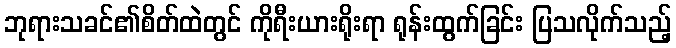
ဘုရားသခင်၏စိတ်ထဲတွင် ကိုရီးယားရိုးရာ ရုန်းထွက်ခြင်း ပြသလိုက်သည့်